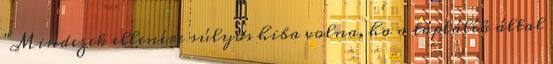
"Mindezek ellenére súlyos hiba volna, ha a táplálék által